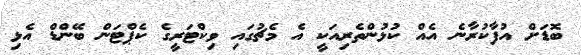
ބޮޑަށް އުފާކުރާނެ އެއް ކުޅުންތެރިއަކީ އެ މެޗުގައި ވިކްޓަރީގެ ކެޕްޓަން ބޭންޑް އެޅި